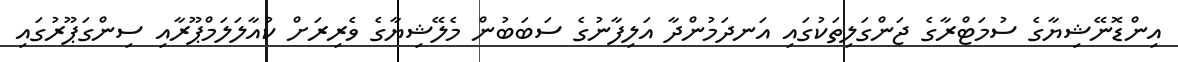
އިންޑޮނޭޝިޔާގެ ސުމަޓްރާގެ ޖަންގަލިތަކުގައި އަނދަމުންދާ އަލިފާނުގެ ސަބަބުން މެލޭޝިޔާގެ ވެރިރަށް ކުއާލަލަމްޕޫރާއި ސިންގަޕޫރުގައި